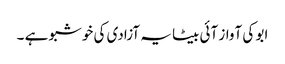
ابو کی آواز آئی بیٹا یہ آزادی کی خوشبو ہے ۔